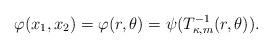
LaTeX: \begin{align*}\varphi(x_1, x_2) = \varphi(r, \theta) = \psi(T_{\kappa,m}^{-1}(r, \theta)).\end{align*}